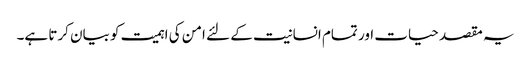
یہ مقصد حیات اور تمام انسانیت کے لئے امن کی اہمیت کو بیان کرتا ہے۔